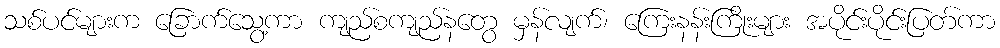
သစ်ပင်များက ခြောက်သွေ့ကာ ကျည်စကျည်နတွေ မှန်လျက်၊ ကြေးနန်းကြိုးများ အပိုင်းပိုင်းပြတ်ကာ